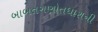
બાબતગણોતધારાની